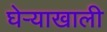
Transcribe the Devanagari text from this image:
घेर्‍याखाली